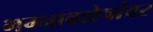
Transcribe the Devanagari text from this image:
भग्नावशेषांवर